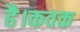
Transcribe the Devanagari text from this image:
है।कवक